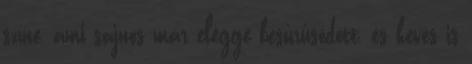
színe, ami sajnos már eléggé besűrűsödött, és kevés is